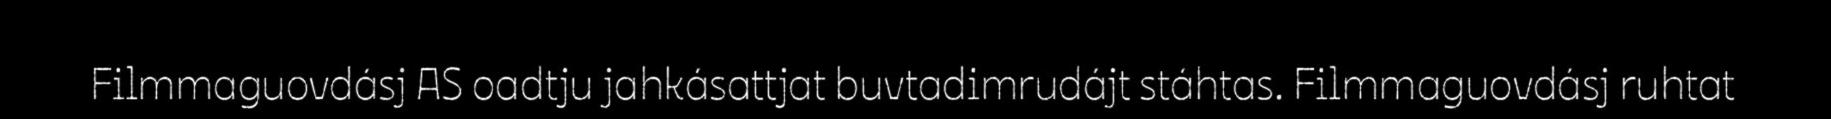
Filmmaguovdásj AS oadtju jahkásattjat buvtadimrudájt stáhtas. Filmmaguovdásj ruhtat